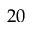
2 0